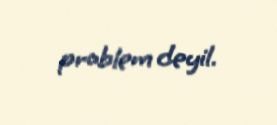
problem deyil.